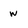
Character: w